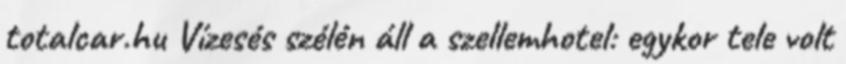
totalcar.hu Vízesés szélén áll a szellemhotel: egykor tele volt